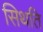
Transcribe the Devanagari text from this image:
सिथति